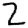
Digit: 2